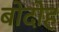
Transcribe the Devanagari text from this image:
बोदोह